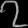
Digit: ၇